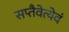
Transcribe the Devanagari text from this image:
सप्तैवेत्येवं